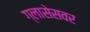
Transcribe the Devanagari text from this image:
ग्लासेसवर